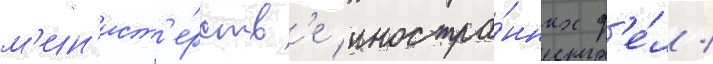
м'ин'ист'е́рств'е иностра́нных д'е́л /